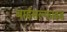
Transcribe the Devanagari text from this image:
बाईसल्फाइड